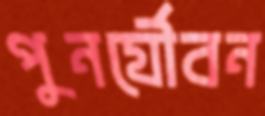
পুনর্যৌবন